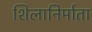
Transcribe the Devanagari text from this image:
शिलानिर्माता